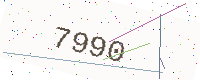
Text: 7990